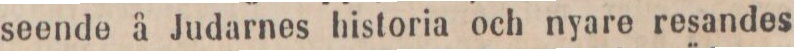
seende å Judarnes historia och nyare resandes